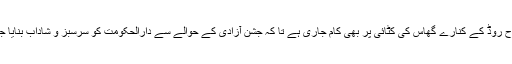
اسی طرح روڈ کے کنارے گھاس کی کٹائی پر بھی کام جاری ہے تا کہ جشن آزادی کے حوالے سے دارالحکومت کو سرسبز و شاداب بنایا جا سکے۔